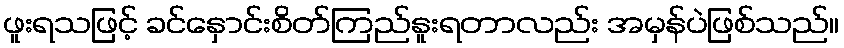
ဖူးရသဖြင့် ခင်နှောင်းစိတ်ကြည်နူးရတာလည်း အမှန်ပဲဖြစ်သည်။